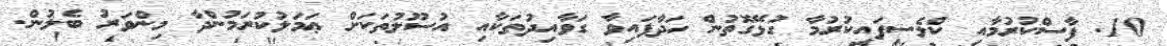
10. ފާސްކުރުމާއި ކްލެސިފައިކުރުމާ ގުޅޭގޮތުން ހަދާފައިވާ ގަވާއިދުތަކާއި އުސޫލުތަކަށް ޢަމަލުކުރަމުންދާ މިންވަރު ބެލުން.